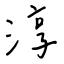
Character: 淳